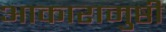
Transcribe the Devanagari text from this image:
आकारामुष्ठी